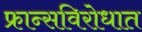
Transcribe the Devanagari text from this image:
फ्रान्सविरोधात